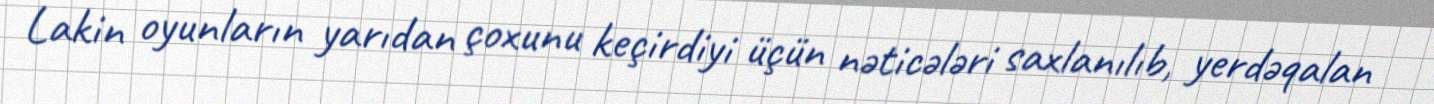
Lakin oyunların yarıdan çoxunu keçirdiyi üçün nəticələri saxlanılıb, yerdəqalan